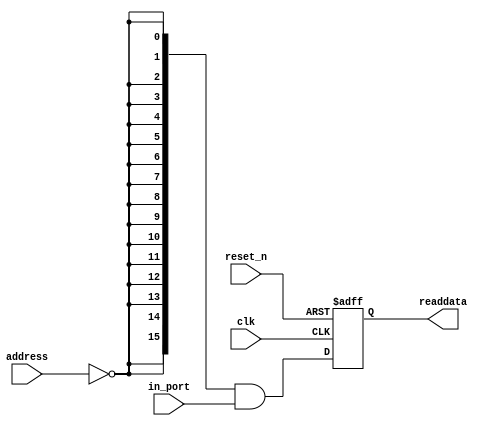
module pio_latency (
                      address,
                      clk,
                      in_port,
                      reset_n,
                      readdata
                   )
;
  output  [ 15: 0] readdata;
  input   [  1: 0] address;
  input            clk;
  input   [ 15: 0] in_port;
  input            reset_n;
  wire             clk_en;
  wire    [ 15: 0] data_in;
  wire    [ 15: 0] read_mux_out;
  reg     [ 15: 0] readdata;
  assign clk_en = 1;
  assign read_mux_out = {16 {(address == 0)}} & data_in;
  always @(posedge clk or negedge reset_n)
    begin
      if (reset_n == 0)
          readdata <= 0;
      else if (clk_en)
          readdata <= read_mux_out;
    end
  assign data_in = in_port;
endmodule